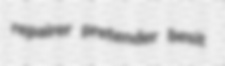
repairer pretender besit